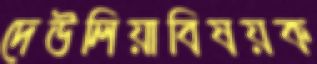
দেউলিয়াবিষয়ক